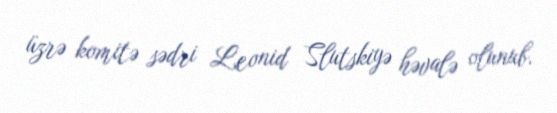
üzrə komitə sədri Leonid Slutskiyə həvalə olunub.